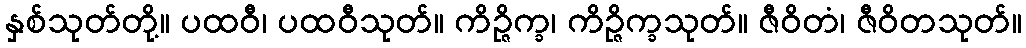
နှစ်သုတ်တို့။ ပထဝီ၊ ပထဝီသုတ်။ ကိဉ္ဇိက္ခ၊ ကိဉ္ဇိက္ခသုတ်။ ဇီဝိတံ၊ ဇီဝိတသုတ်။